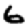
Digit: 6